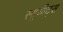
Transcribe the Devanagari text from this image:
स्यूयीट्स